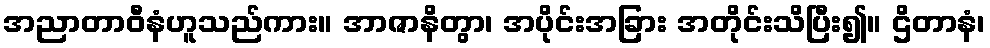
အညာတာဝီနံဟူသည်ကား။ အာဇာနိတွာ၊ အပိုင်းအခြား အတိုင်းသိပြီး၍။ ဌိတာနံ၊